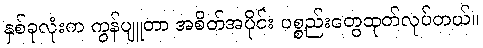
နှစ်ခုလုံးက ကွန်ပျူတာ အစိတ်အပိုင်း ပစ္စည်းတွေထုတ်လုပ်တယ်။